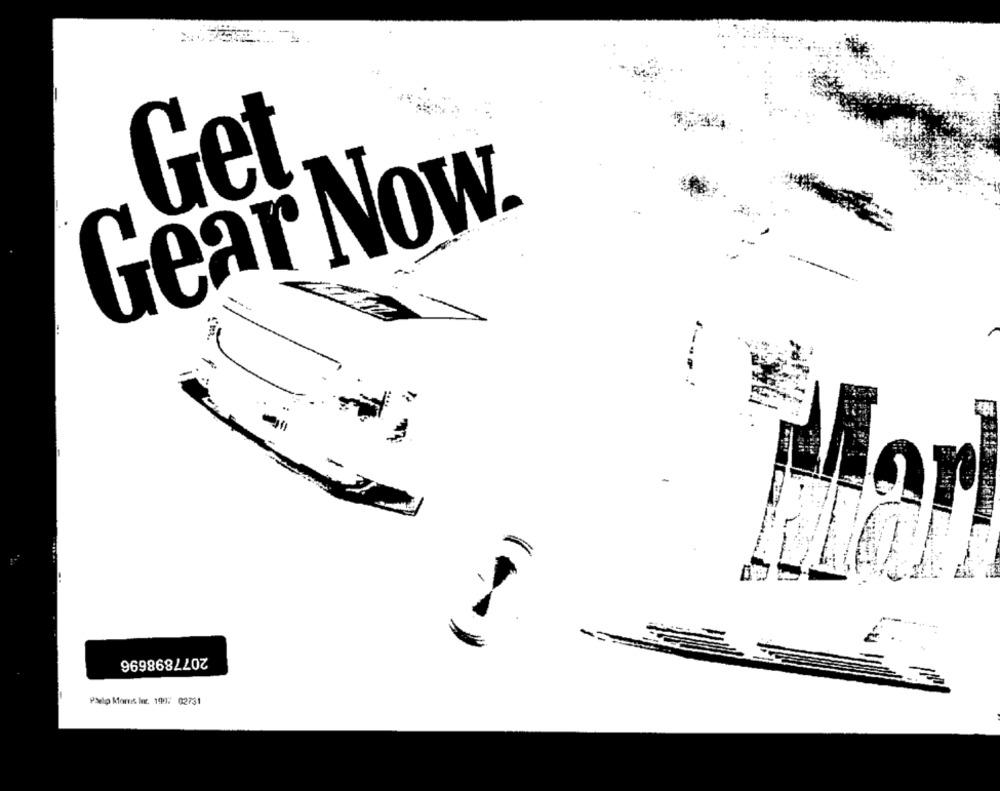
Get
Gear Now.
-
-i
-
2077898696
Philip Mores Int. 190. 02731